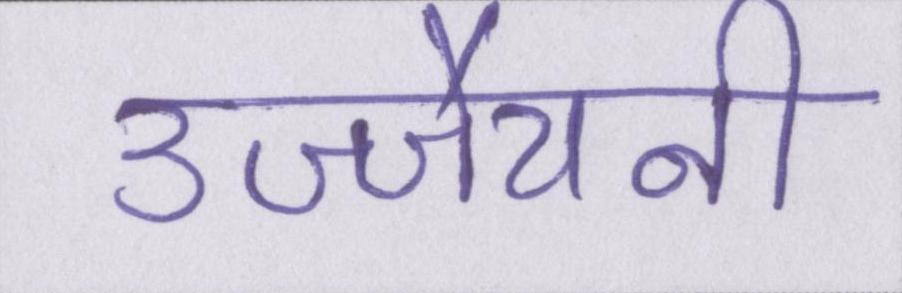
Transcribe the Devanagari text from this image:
उज्जैयनी